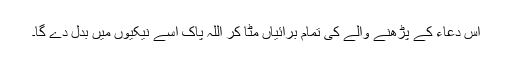
اس دعاء کے پڑھنے والے کی تمام برائیاں مٹا کر اللہ پاک اسے نیکیوں میں بدل دے گا۔